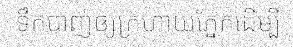
ទឹកបាញ់ឲ្យក្រហាយភ្នែកដើម្បី